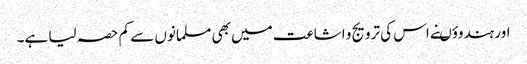
اور ہندوؤںنے اس کی ترویج و اشاعت میں بھی مسلمانوں سے کم حصہ لیا ہے۔